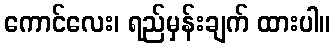
ကောင်လေး၊ ရည်မှန်းချက် ထားပါ။